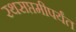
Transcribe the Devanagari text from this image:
रथसप्तमीपर्यंत